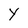
Character: Y